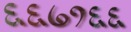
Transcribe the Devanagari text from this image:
६६७१६६